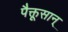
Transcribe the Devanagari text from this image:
पैक्तूसान्